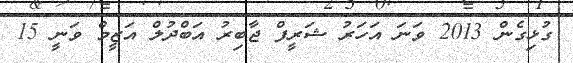
ގުޅިގެން 2013 ވަނަ އަހަރު ޝަރީފް ޖާބިރު އަބްދުލް އަޒީމް ވަނީ 15